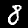
Label: 8